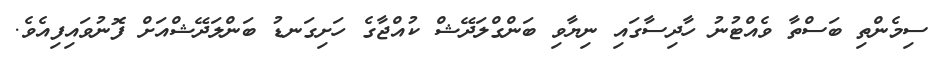
ސިމެންތި ބަސްތާ ވެއްޓުނު ހާދިސާގައި ނިޔާވި ބަންގްލަދޭޝް ކުއްޖާގެ ހަށިގަނޑު ބަންލަދޭޝްއަށް ފޮނުވައިފިއެވެ.